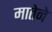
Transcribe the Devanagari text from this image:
मातेने